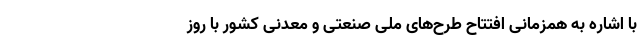
با اشاره به همزمانی افتتاح طرح‌های ملی صنعتی و معدنی کشور با روز